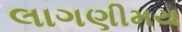
લાગણીમય